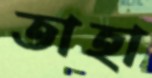
তাহা